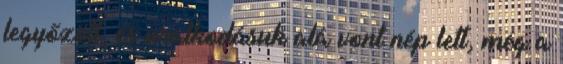
legyőzött, és uralkodásuk alá vont nép lett, még a